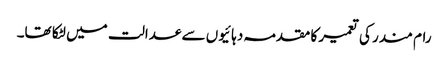
رام مندر کی تعمیر کا مقدمہ دہائیوں سے عدالت میں لٹکا تھا۔